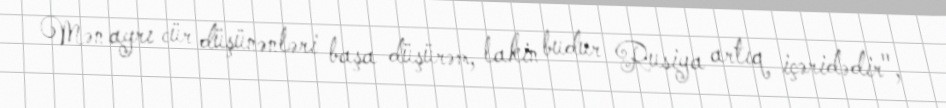
Mən ayrı cür düşünənləri başa düşürəm, lakin budur Rusiya artıq içəridədir",